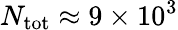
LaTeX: N_{\mathrm{tot}}\approx 9\times 10^{3}